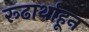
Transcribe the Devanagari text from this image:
रूढार्थाहून